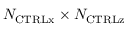
N _ { \mathrm { { C T R L x } } } \times N _ { \mathrm { { C T R L z } } }